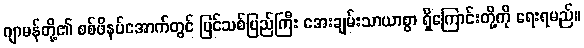
ဂျာမန်တို့၏ စစ်ဖိနပ်အောက်တွင် ပြင်သစ်ပြည်ကြီး အေးချမ်းသာယာစွာ ရှိကြောင်းတို့ကို ရေးရမည်။